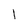
Character: 1